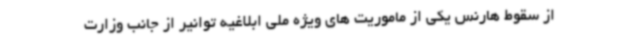
از سقوط هارنس یکی از ماموریت های ویژه ملی ابلاغیه توانیر از جانب وزارت